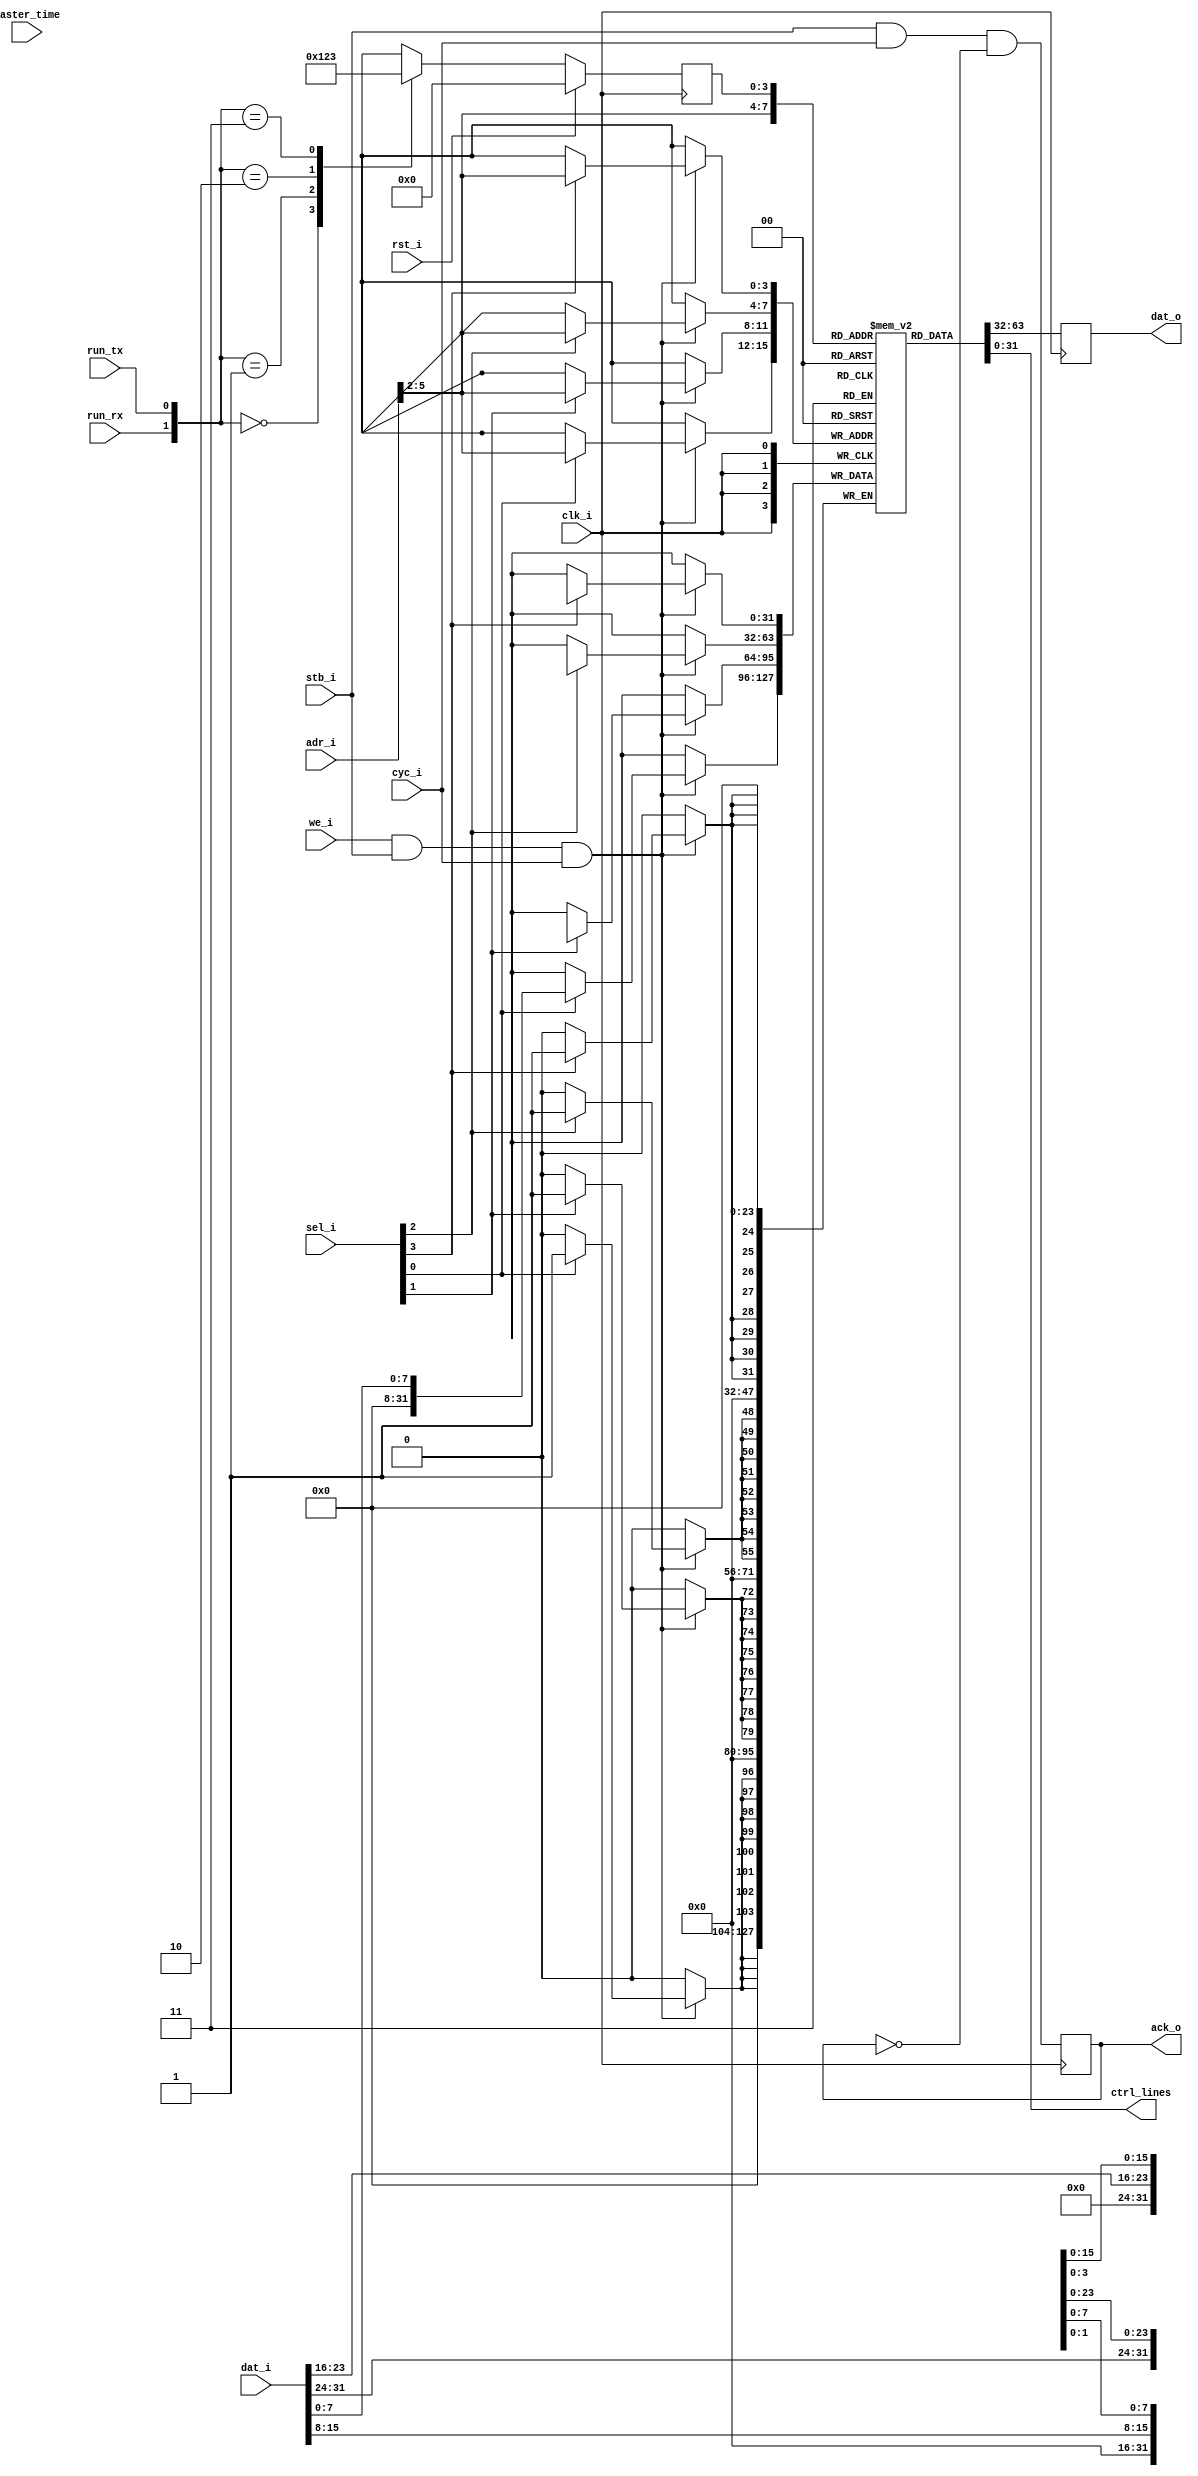

// Automatic transmit/receive switching of control pins to daughterboards
// Store everything in registers for now, but could use a RAM for more
// complex state machines in the future

module atr_controller
  (input clk_i, input rst_i,
   input [5:0] adr_i, input [3:0] sel_i, input [31:0] dat_i, output reg [31:0] dat_o,
   input we_i, input stb_i, input cyc_i, output reg ack_o,
   input run_rx, input run_tx, input [31:0] master_time,
   output [31:0] ctrl_lines);
   
   reg [3:0] state;
   reg [31:0] atr_ram [0:15];  // DP distributed RAM

   // WB Interface
   always @(posedge clk_i)
     if(we_i & stb_i & cyc_i)
       begin
	  if(sel_i[3])
	    atr_ram[adr_i[5:2]][31:24] <= dat_i[31:24];
	  if(sel_i[2])
	    atr_ram[adr_i[5:2]][23:16] <= dat_i[23:16];
	  if(sel_i[1])
	    atr_ram[adr_i[5:2]][15:8] <= dat_i[15:8];
	  if(sel_i[0])
	    atr_ram[adr_i[5:2]][7:0] <= dat_i[7:0];
       end // if (we_i & stb_i & cyc_i)

   always @(posedge clk_i)
     dat_o <= atr_ram[adr_i[5:2]];
   
   always @(posedge clk_i)
     ack_o <= stb_i & cyc_i & ~ack_o;

   // Control side of DP RAM
   assign     ctrl_lines = atr_ram[state];

   // Put a more complex state machine with time delays and multiple states here
   //  if daughterboard requires more complex sequencing
   localparam ATR_IDLE = 4'd0;
   localparam ATR_TX = 4'd1;
   localparam ATR_RX = 4'd2;
   localparam ATR_FULL_DUPLEX = 4'd3;
   
   always @(posedge clk_i)
     if(rst_i)
       state <= ATR_IDLE;
     else
       case ({run_rx,run_tx})
	 2'b00 : state <= ATR_IDLE;
	 2'b01 : state <= ATR_TX;
	 2'b10 : state <= ATR_RX;
	 2'b11 : state <= ATR_FULL_DUPLEX;
       endcase // case({run_rx,run_tx})
   
endmodule // atr_controller